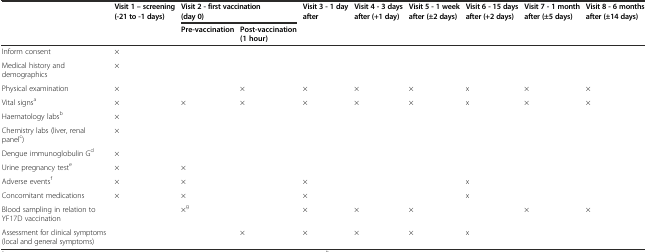
|  | Visit 1 – screening (-21 to -1 days) | <COLSPAN=2> Visit 2 - first vaccination (day 0) | Visit 3 - 1 day after | <ROWSPAN=2> Visit 4 - 3 days after (+1 day) | <ROWSPAN=2> Visit 5 - 1 week after (±2 days) | <ROWSPAN=2> Visit 6 - 15 days after (+2 days) | <ROWSPAN=2> Visit 7 - 1 month after (±5 days) | <ROWSPAN=2> Visit 8 - 6 months after (±14 days) |
 |  |  | Pre-vaccination | Post-vaccination (1 hour) |  |
 | --- | --- | --- | --- | --- | --- | --- | --- | --- | --- |
 | Inform consent | × |  |  |  |  |  |  |  |  |
 | Medical history and demographics | × |  |  |  |  |  |  |  |  |
 | Physical examination | × |  | × | × | × | × | x | × | × |
 | Vital signsa | × | × | × | × | × | × | x | × | × |
 | Haematology labsb | × |  |  |  |  |  |  |  |  |
 | Chemistry labs (liver, renal panelc) | × |  |  |  |  |  |  |  |  |
 | Dengue immunoglobulin Gd | × |  |  |  |  |  |  |  |  |
 | Urine pregnancy teste | × | × |  |  |  |  |  |  |  |
 | Adverse eventsf | × | × |  | × |  |  | x |  |  |
 | Concomitant medications | × | × |  | × |  |  | x |  |  |
 | Blood sampling in relation to YF17D vaccination |  | ×g |  | × | × | × |  | × | × |
 | Assessment for clinical symptoms (local and general symptoms) |  |  | × | × | × | × | x |  |  |